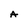
Character: A